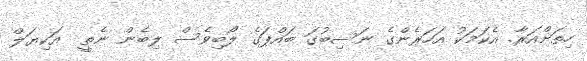
ހިތަށްއަރާ. އެކަމަކު އަހަރެންގެ ނަސިބުގަ ބައްޕަގެ ލޯބިވެސް ލިބެން ނެތީ  އަކިޔަލް